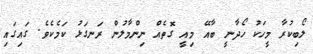
ލޯބިކުރާ މީހަކު ހޯދާނީ ބާއޭ މިއީ ގޮތެއް ނިންމާލުން ރަނގަޅު ކަމެކެވެ. ގައިގައި